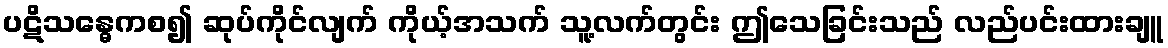
ပဋိသန္ဓေကစ၍ ဆုပ်ကိုင်လျက် ကိုယ့်အသက် သူ့လက်တွင်း ဤသေခြင်းသည် လည်ပင်းထားချူ